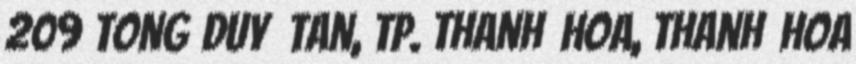
209 Tong Duy Tan, Tp. Thanh Hoa, Thanh Hoa